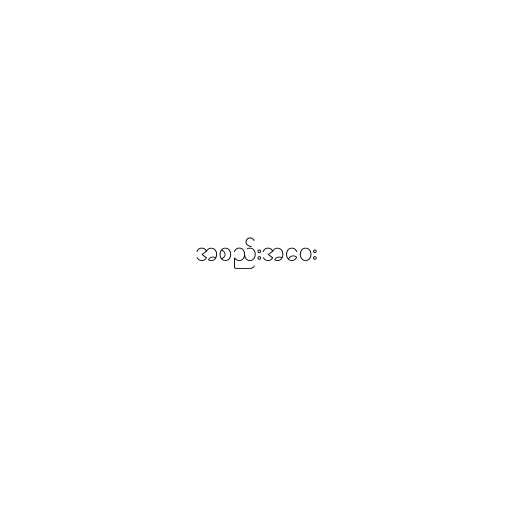
အစည်းအဝေး